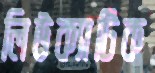
লিউক্যাটিক